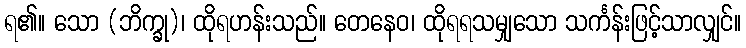
ရ၏။ သော (ဘိက္ခု)၊ ထိုရဟန်းသည်။ တေနေဝ၊ ထိုရရသမျှသော သင်္ကန်းဖြင့်သာလျှင်။